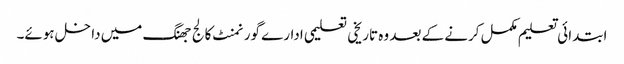
ابتدائی تعلیم مکمل کرنے کے بعد وہ تاریخی تعلیمی ادارے گورنمنٹ کالج جھنگ میں داخل ہوئے۔